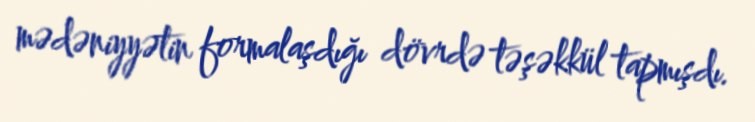
mədəniyyətin formalaşdığı dövrdə təşəkkül tapmışdı.